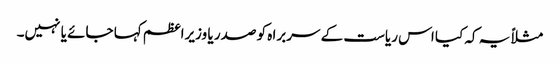
مثلاً یہ کہ کیا اس ریاست کے سربرا ہ کو صدر یا وزیراعظم کہا جائے یا نہیں۔